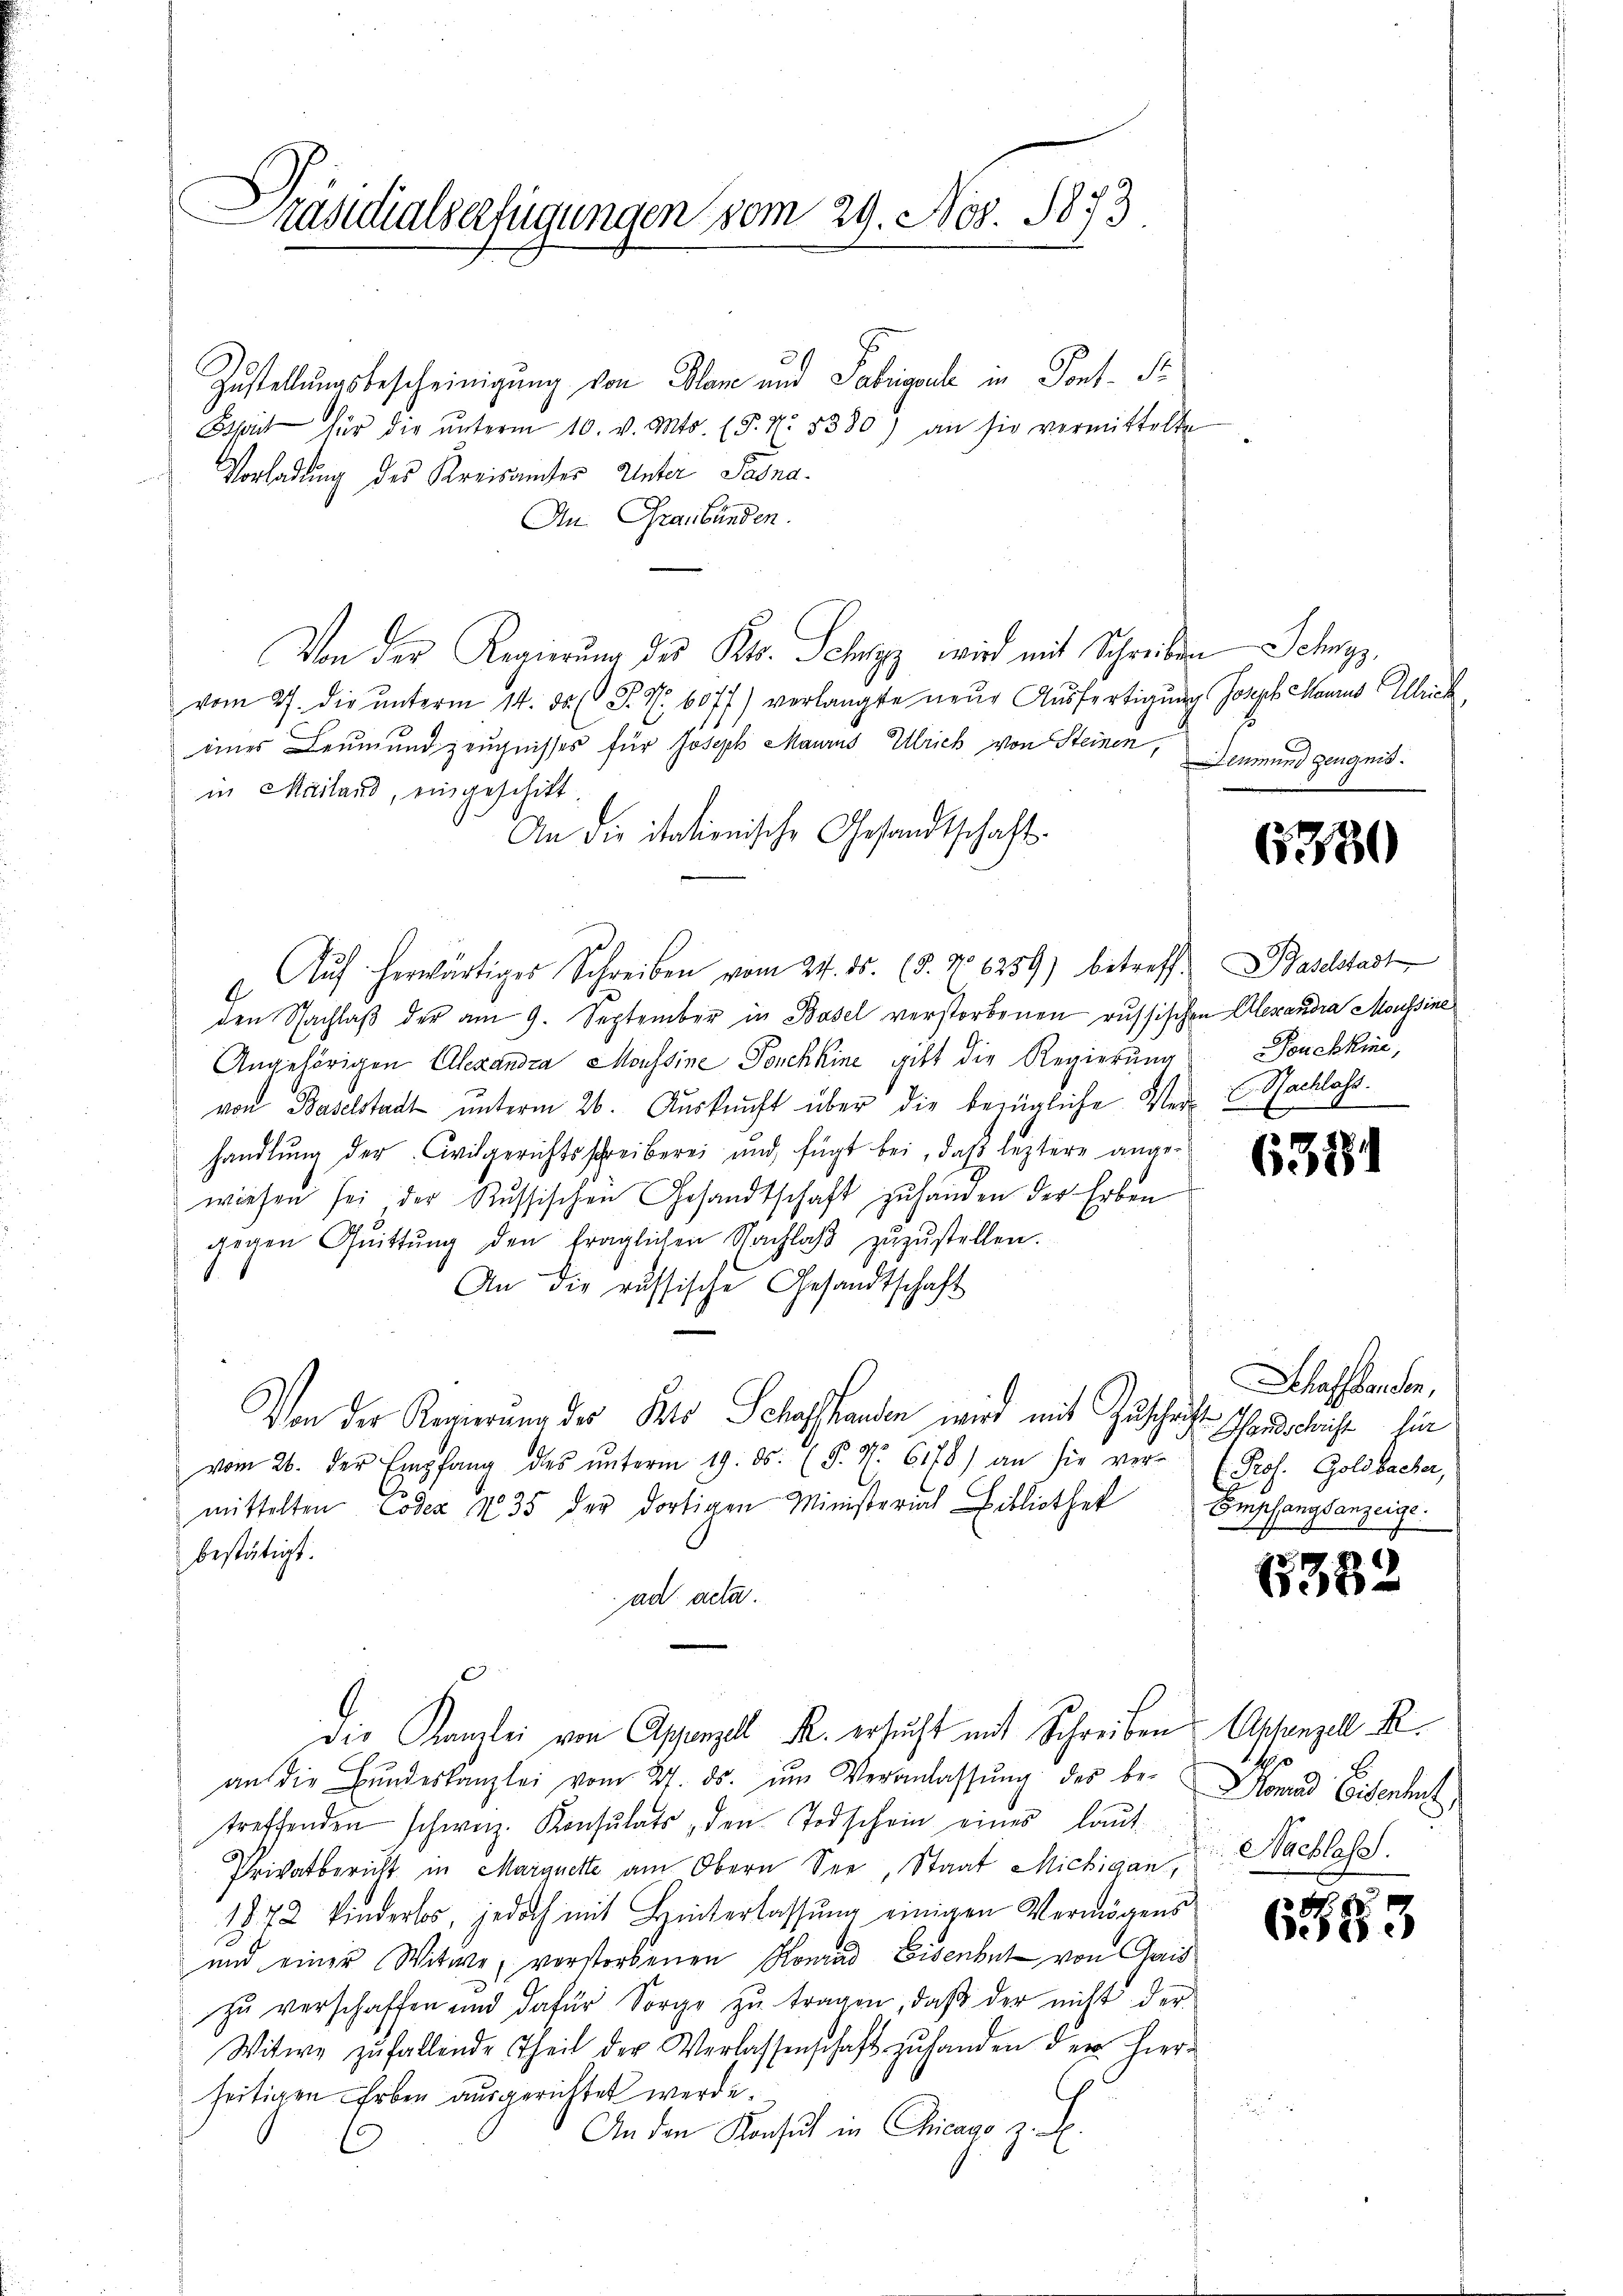
Präsidialserfügungen vom 29. Nov. 1873

Zustellungsbescheinigung von Plan und Fabrigerl in Pont. Si
Bist für die ŭnterm 10. v. Mts. (§. N. 5330) an sie vermittelte
Vorladung des Kreisamter Unter Sana¬
An Graubünden.
Von der Regierung des Kts. Schwyz wird mit Schreiben Schwyz,
vom 27. die ŭnterm 14. ds. S. R. 6077) verlangte neŭe Aŭsfertigung Joseph Manns Alleich
eines Leumund zeugnisses für Joseph Maurus Ulrich von Steinen,
in Mailand, eingeschikt.
An die italienische Gesandtschaft.
u Aŭf herwärtiges Schreiben vom 24. ds. (§. N. 1259) betreff. Daselstadt
den Nachlaβ der am 9. September in Basel verstorbenen russischen Alexandra Moussine
Angehörigen Alexandra Moussine Fonchhine gibt die Regierung Fonchkine,
von Baselstadt unterm 26. Auskunft über die bezügliche Ver- Nachlass.
handlŭng der Civilgerichtsschreiberei und fügt bei, daß leztere ange-
wiesen sei, der Russischen Gesandtschaft zŭ handen der Erben
gegen Qŭittŭng den fraglichen Nachlaβ zŭzŭstellen.
An die russische Gesandtschaft
Von der Regierung der Pro Schaffhanden wird mit Zuschrift Handschricht hin
vom 26. der Empfang des ŭnterm 19. ds. (P. Nr. 6178) an sie ver-
mittelten Codex No 35 der dortigen Ministerich Bibliothek Empfangsanzeige
bestätigt.
ad acta.
Die Kanzlei von Appenzell R. ersucht mit Schreiben Astenzell A.
an die Bŭndeskanzlei vom 27. ds. ŭm Veranlassŭng des be-Konrad Eisenheit,
treffenden schweiz. Konsulats, den Todschein eines laut
Privatbericht in Marquette am Obern See, Staat Michigan,
1872 kinderlos, jedoch mit Hinterlassŭng einigen Vermögens
und einer Witwe, verstorbenen Konrad Eisenbet von Gais
zŭ verschaffen und dafür Sorge zŭ tragen, daβ der nicht der
Witwe zufallende Theil der Verlassenschaft zu handen der hierseitigen Erben ausgerichtet werde.
F
An den Konsul in Chicago z. B.

Leumund Zeugnis.

6380

6331

Schaffenden,
 Prof. Goldbacher,

6382

Nachlass.

6583